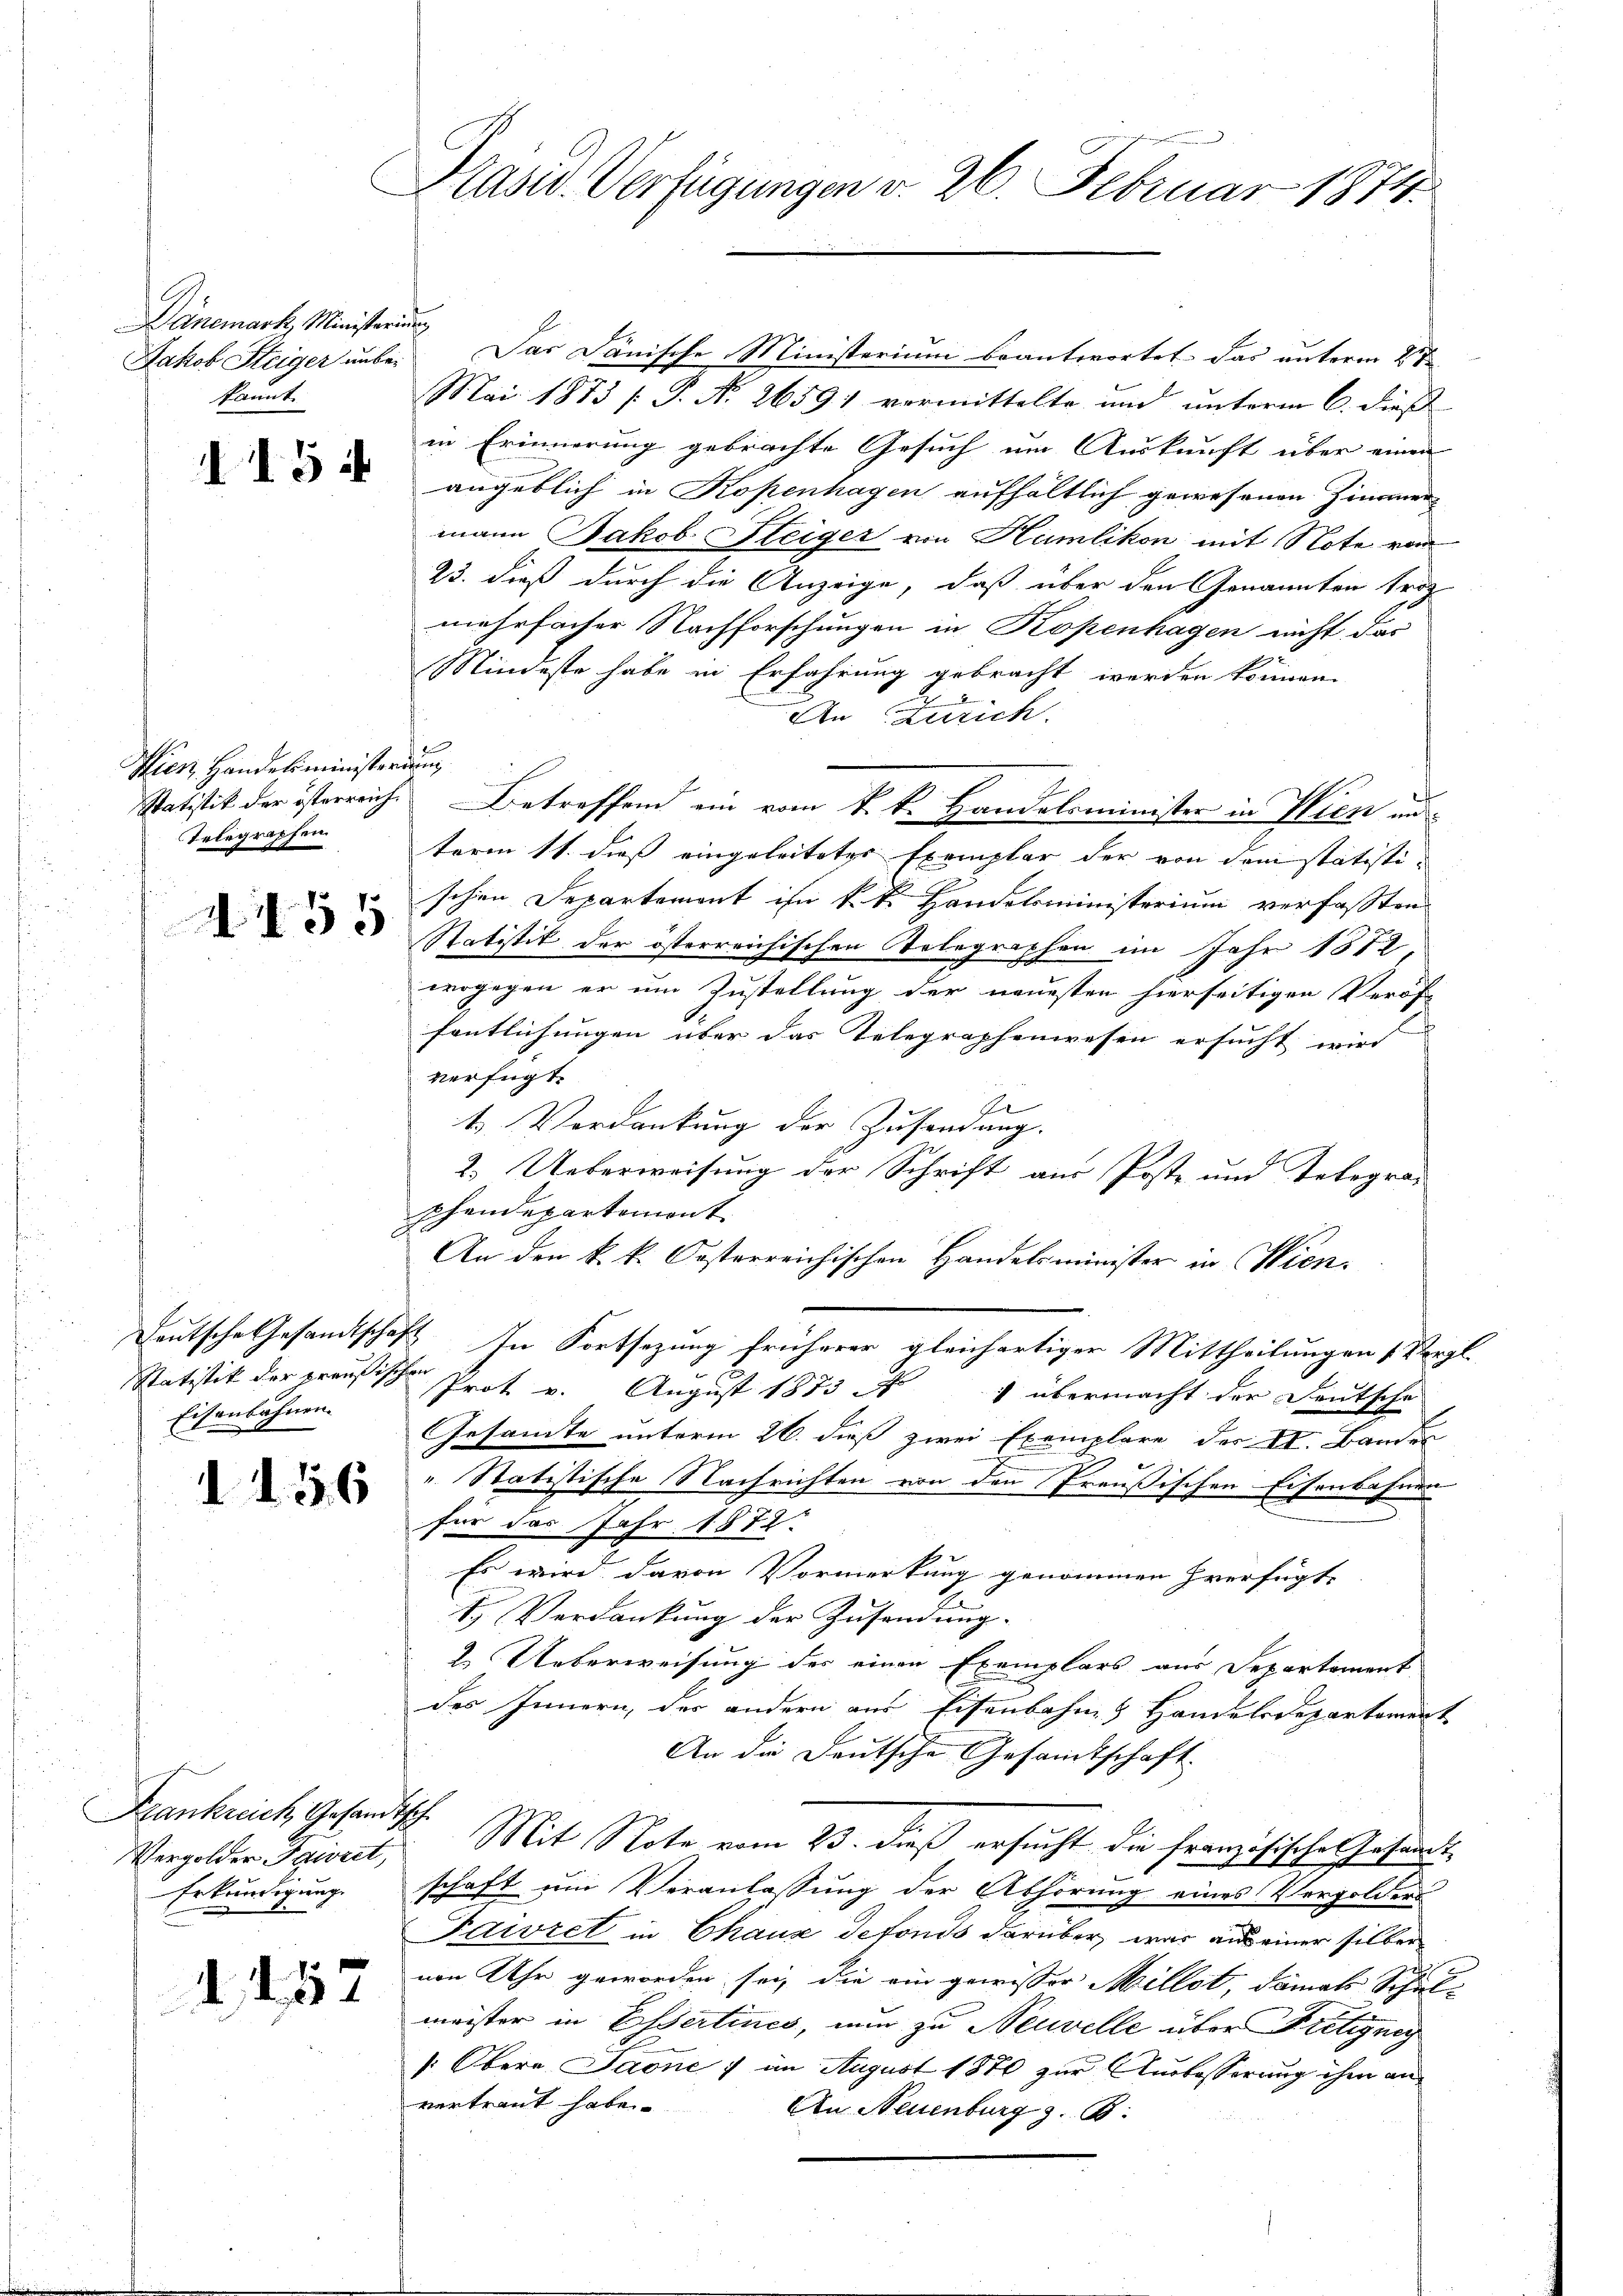
Dänemark, Ministerium
kannt

15

Wien, Handelsministerium
Telegraphen

p
2150

Eisenbahnen.

1156

Frankreich, Gesandtsch.
Vergolder Paivret,
Erkundigung.

d. 152

Pasid. Verfügungen v. 26. Februar 1874.

Jakob Steiger unbe- Das Dänische Ministerium beantwortet. Das unterm 27
Mai 1873 /: P. Nr. 2659) vormittelte und unterm 6. dieß
in Erinnerung gebrachte Gesuch um Auskunft über einen
angeblich in Kopenhagen aufhältlich gewesenen Zimmer
mann Jakob Steiger von Humlikon mit Note vom
23. dieß durch die Anzeige, daß über den Genannten trot
mehrfacher Nachforschungen in Kopenhagen nicht das
Mindeste habe in Erfahrung gebracht werden können.
An Zürich
Statistik der österreiche Betreffend ein vom k. k. Handelsminister in Wien und
term 11. dies eingeleiteter Exemplar der von dem statistischen Departement ihn k. k. Handelsministerium verfassten
Statistik der österreichischen Telegraphen im Jahr 1872
wogegen er um Zustellung der neuesten hierseitigen Veröf
fentlichungen über das Telegraphenwesen ersucht wir
verfügt:
7
1. Verdankung der Zusendung.
2. Ueberweisung der Schrift aus Poste und Telegraphendepartemont
An den k. k. Kosterreichischen Handelsminister in Wien.
Deutsche Gesandtschaft. In Fortsezung früherer gleichartiger Mittheilungen (Vergl.
Satistik der preußischen Prot. v. August 1873 Ar
 übermacht der Deutsche
Gesamte unterm 26. dieß zwei Exemplare der VI. Bander
 Statistische Nachrichten von den Preußischen Eisenbahnen
für das Jahr 1872.
Es wird davon Vormerkung genommen herfügt,
ty Verdankung der Zusendung.
2. Ueberweisung des einen Exe
mplars aus Separtement
u
des Innern, der andern aus Eisenbahn Handelsdepartement
.
An die Deutsche Gesamtschaft
Mit Note vom 23. dieß ersucht die französische Gesandtschaft um Veranlassung der Abhörung eines Vergolders
Faivzet in Chaux defonds darüber, was aus einer silber
von Uhr geworden sei, die ein gewisser Millet, damals Schulmeister in Espertines, nun zu Neuvelle über Freigneg
[Obere Jaone 7 im August 1870 zur Auslasserung ihm anvertraut habe.
An Neuenburg z. B.